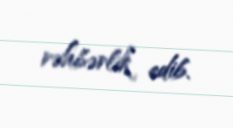
rəhbərlik edib.